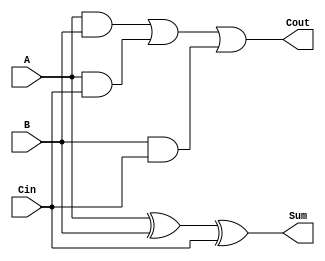
module full_adder(
	    input A, B, Cin,
	        output Sum, Cout
	);

	xor x1(Sum, A, B, Cin);
	and a1(tmp1, A, B);
	and a2(tmp2, A, Cin);
	and a3(tmp3, B, Cin);
	or o1(Cout, tmp1, tmp2, tmp3);

endmodule